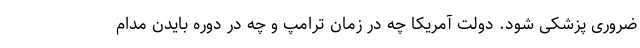
ضروری پزشکی شود. دولت آمریکا چه در زمان ترامپ و چه در دوره بایدن مدام